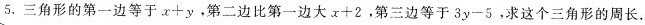
5.三角形的第一边等于$$x + y$$，第二边比第一边大$$x + 2$$，第三边等于$$3 y - 5$$，求这个三角形的周长。